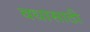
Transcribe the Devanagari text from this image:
वधासाठी